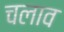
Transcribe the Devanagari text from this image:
चलाव